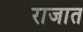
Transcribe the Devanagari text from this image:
राजात